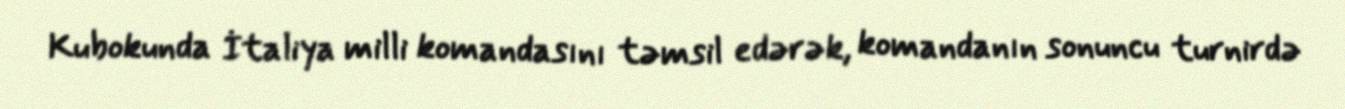
Kubokunda İtaliya milli komandasını təmsil edərək, komandanın sonuncu turnirdə